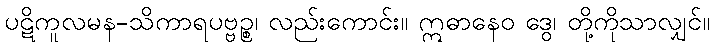
ပဋိကူလမန-သိကာရပဗ္ဗဉ္စ၊ လည်းကောင်း။ ဣဓာနေဝ ဒွေ၊ တို့ကိုသာလျှင်။